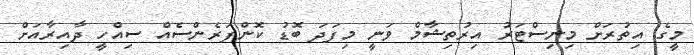
މީގެ އިތުރަށް މިނިސްޓަރު އިރުތިޝާމް ވަނީ މިފަދަ ބޮޑު ކޮންފަރެންސެއް ސިއްހީ ދާއިރާއަށް